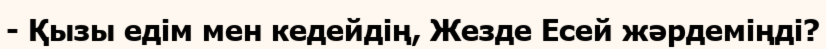
- Қызы едім мен кедейдің, Жезде Есей жәрдеміңді?